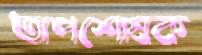
তাপশোষক